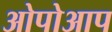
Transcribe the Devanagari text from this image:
ओपोआप